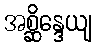
အစ္ဆိန္ဒေယျ